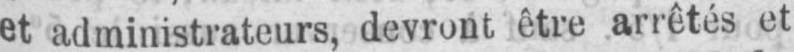
et administrateurs, devront être arrêtés et